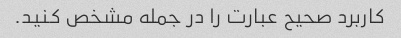
کاربرد صحیح عبارت را در جمله مشخص کنید.